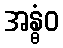
အန္ဓံဝ